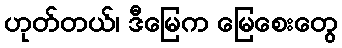
ဟုတ်တယ်၊ ဒီမြေက မြေစေးတွေ